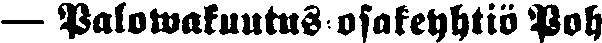
— Palowakuutus-osakeyhtiö Poh